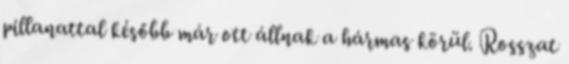
pillanattal később már ott állnak a hármas körül. Rosszat